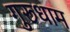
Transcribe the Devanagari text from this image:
गुरूधाम